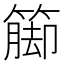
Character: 𮆁